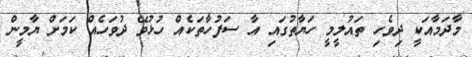
މާދަމާއަކީ ދިވެހި ތައުލީމީ ހަޔާތުގައި އާ ސަފުހާތަކެއް ހުޅުވޭ ދުވަހެއް ކަމަށް ޔާމީން